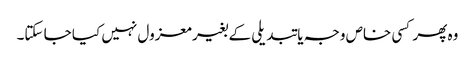
وہ پھر کسی خاص وجہ یا تبدیلی کے بغیر معزول نہیں کیا جا سکتا۔